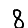
Digit: 8